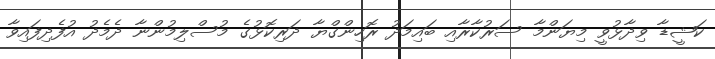
ކަޝީޑާ ވިދާޅުވީ މިޔަންމާ ސަރުކާރާއި ބައިމަދު ރޮހިންގްޔާ ދަރިކޮޅުގެ މުސްލިމުންނާ ދެމެދު އުފެދިފައިވާ